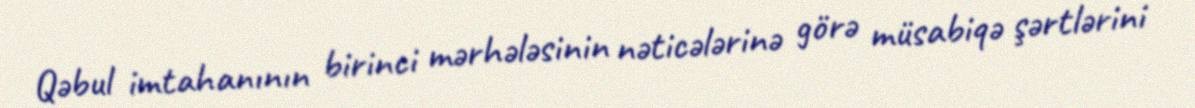
Qəbul imtahanının birinci mərhələsinin nəticələrinə görə müsabiqə şərtlərini